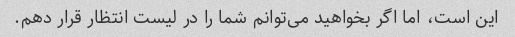
این است، اما اگر بخواهید می‌توانم شما را در لیست انتظار قرار دهم.